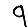
Digit: 9